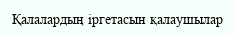
Қалалардың іргетасын қалаушылар